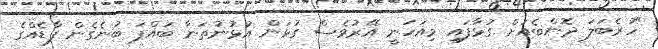
"ހުރެބަލަ ދޮންބެއަށް ގުޅާފައި މިއަހަނީ އޭރުވެސް ގުޅަން އުޅުނުތަނާ ބައްޕަ ބުނެގެން ފާޑެއްގެ